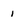
Character: 1